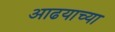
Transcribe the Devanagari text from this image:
आढयाच्या